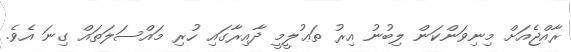
ރާއްޖެއަށް މިނިވަންކަން ލިބުނު އިރު ތަޢުލީމީ ދާއިރާގައި ހުރި މައްސަލަތައް ގިނަ އެވެ.